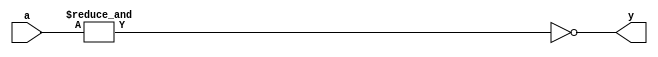
`timescale 1ns / 1ps

module nand4(a,y);
    input[3:0] a;
    output y;
    
    assign y = ~&a;
    
endmodule